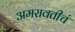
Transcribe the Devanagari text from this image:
अमरावतीचं